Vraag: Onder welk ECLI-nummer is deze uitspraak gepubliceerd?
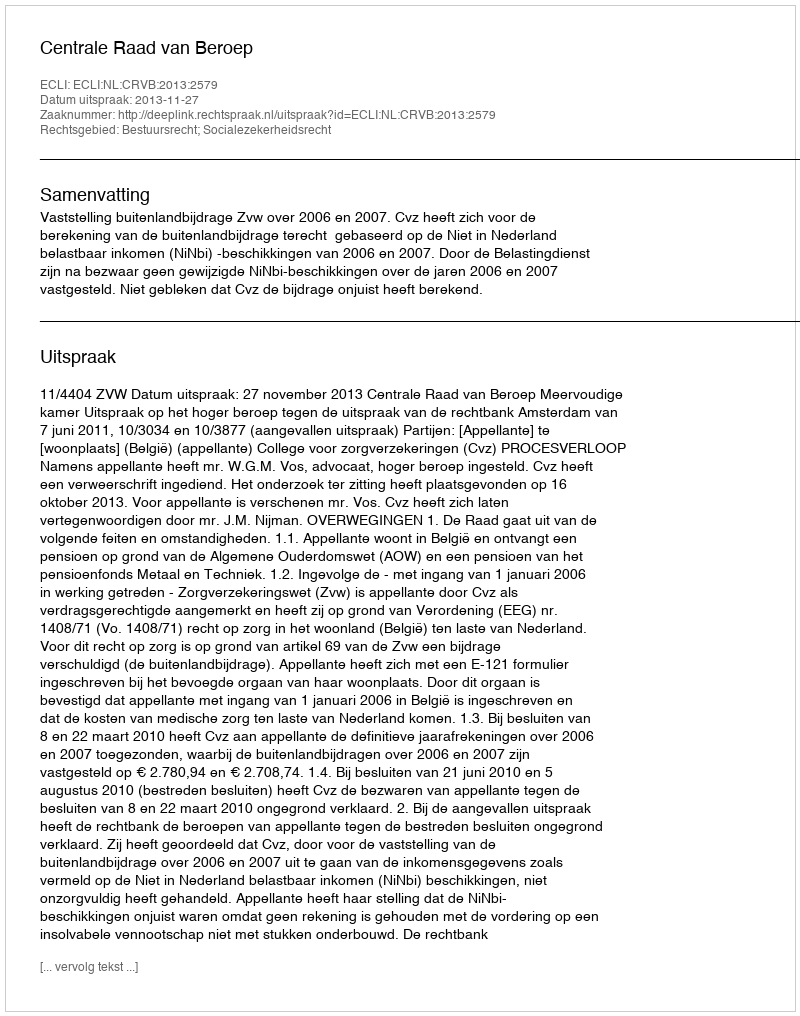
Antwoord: ECLI:NL:CRVB:2013:2579